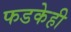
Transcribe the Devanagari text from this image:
फडकेही